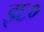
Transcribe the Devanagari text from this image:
इ६०